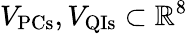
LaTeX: V_{\mathrm{PCs}},V_{\mathrm{QIs}}\subset\mathbb{R}^{8}